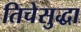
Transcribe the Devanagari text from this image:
तिचेसुद्धा